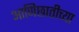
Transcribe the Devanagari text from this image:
आणिछातीच्या